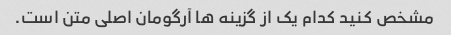
مشخص کنید کدام یک از گزینه ها آرگومان اصلی متن است.